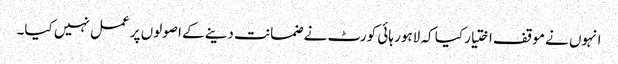
انہوں نے موقف اختیار کیا کہ لاہور ہائی کورٹ نے ضمانت دینے کے اصولوں پر عمل نہیں کیا۔